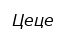
Цеце